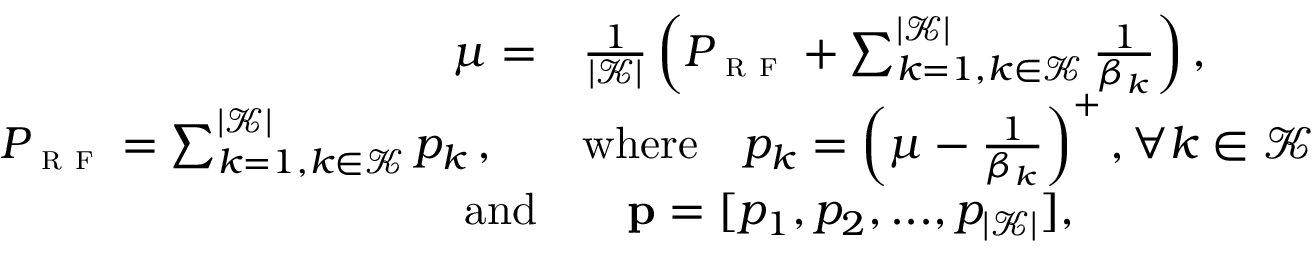
\begin{array} { r l } { \mu = } & { \frac { 1 } { | \mathcal { K } | } \left( P _ { \textsc { r f } } + \sum _ { k = 1 , k \in \mathcal { K } } ^ { | \mathcal { K } | } \frac { 1 } { \beta _ { k } } \right) , } \\ { P _ { \textsc { r f } } = \sum _ { k = 1 , k \in \mathcal { K } } ^ { | \mathcal { K } | } p _ { k } \, , \quad } & { \mathrm { w h e r e } \quad p _ { k } = \left( \mu - \frac { 1 } { \beta _ { k } } \right) ^ { + } , \forall k \in \mathcal { K } } \\ { \mathrm { a n d } } & { \quad { \bf p } = [ p _ { 1 } , p _ { 2 } , . . . , p _ { | \mathcal { K } | } ] , } \end{array}